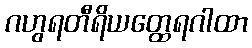
ဂဟွရတီရိယတ္ထေရဂါထာ